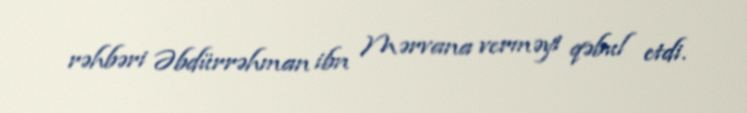
rəhbəri Əbdürrəhman ibn Mərvana verməyi qəbul etdi.